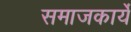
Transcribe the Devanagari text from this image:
समाजकार्ये